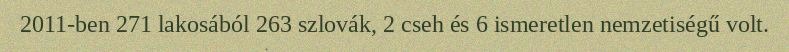
2011-ben 271 lakosából 263 szlovák, 2 cseh és 6 ismeretlen nemzetiségű volt.